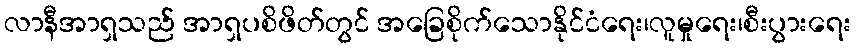
လာနီအာရှသည် အာရှပစိဖိတ်တွင် အခြေစိုက်သောနိုင်ငံရေး၊လူမှုရေး၊စီးပွားရေး